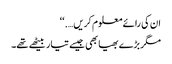
ان کی رائے معلوم کریں….‘‘
مگر بڑے بھیا بھی جیسے تیار بیٹھے تھے۔